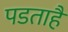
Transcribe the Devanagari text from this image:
पडताहै